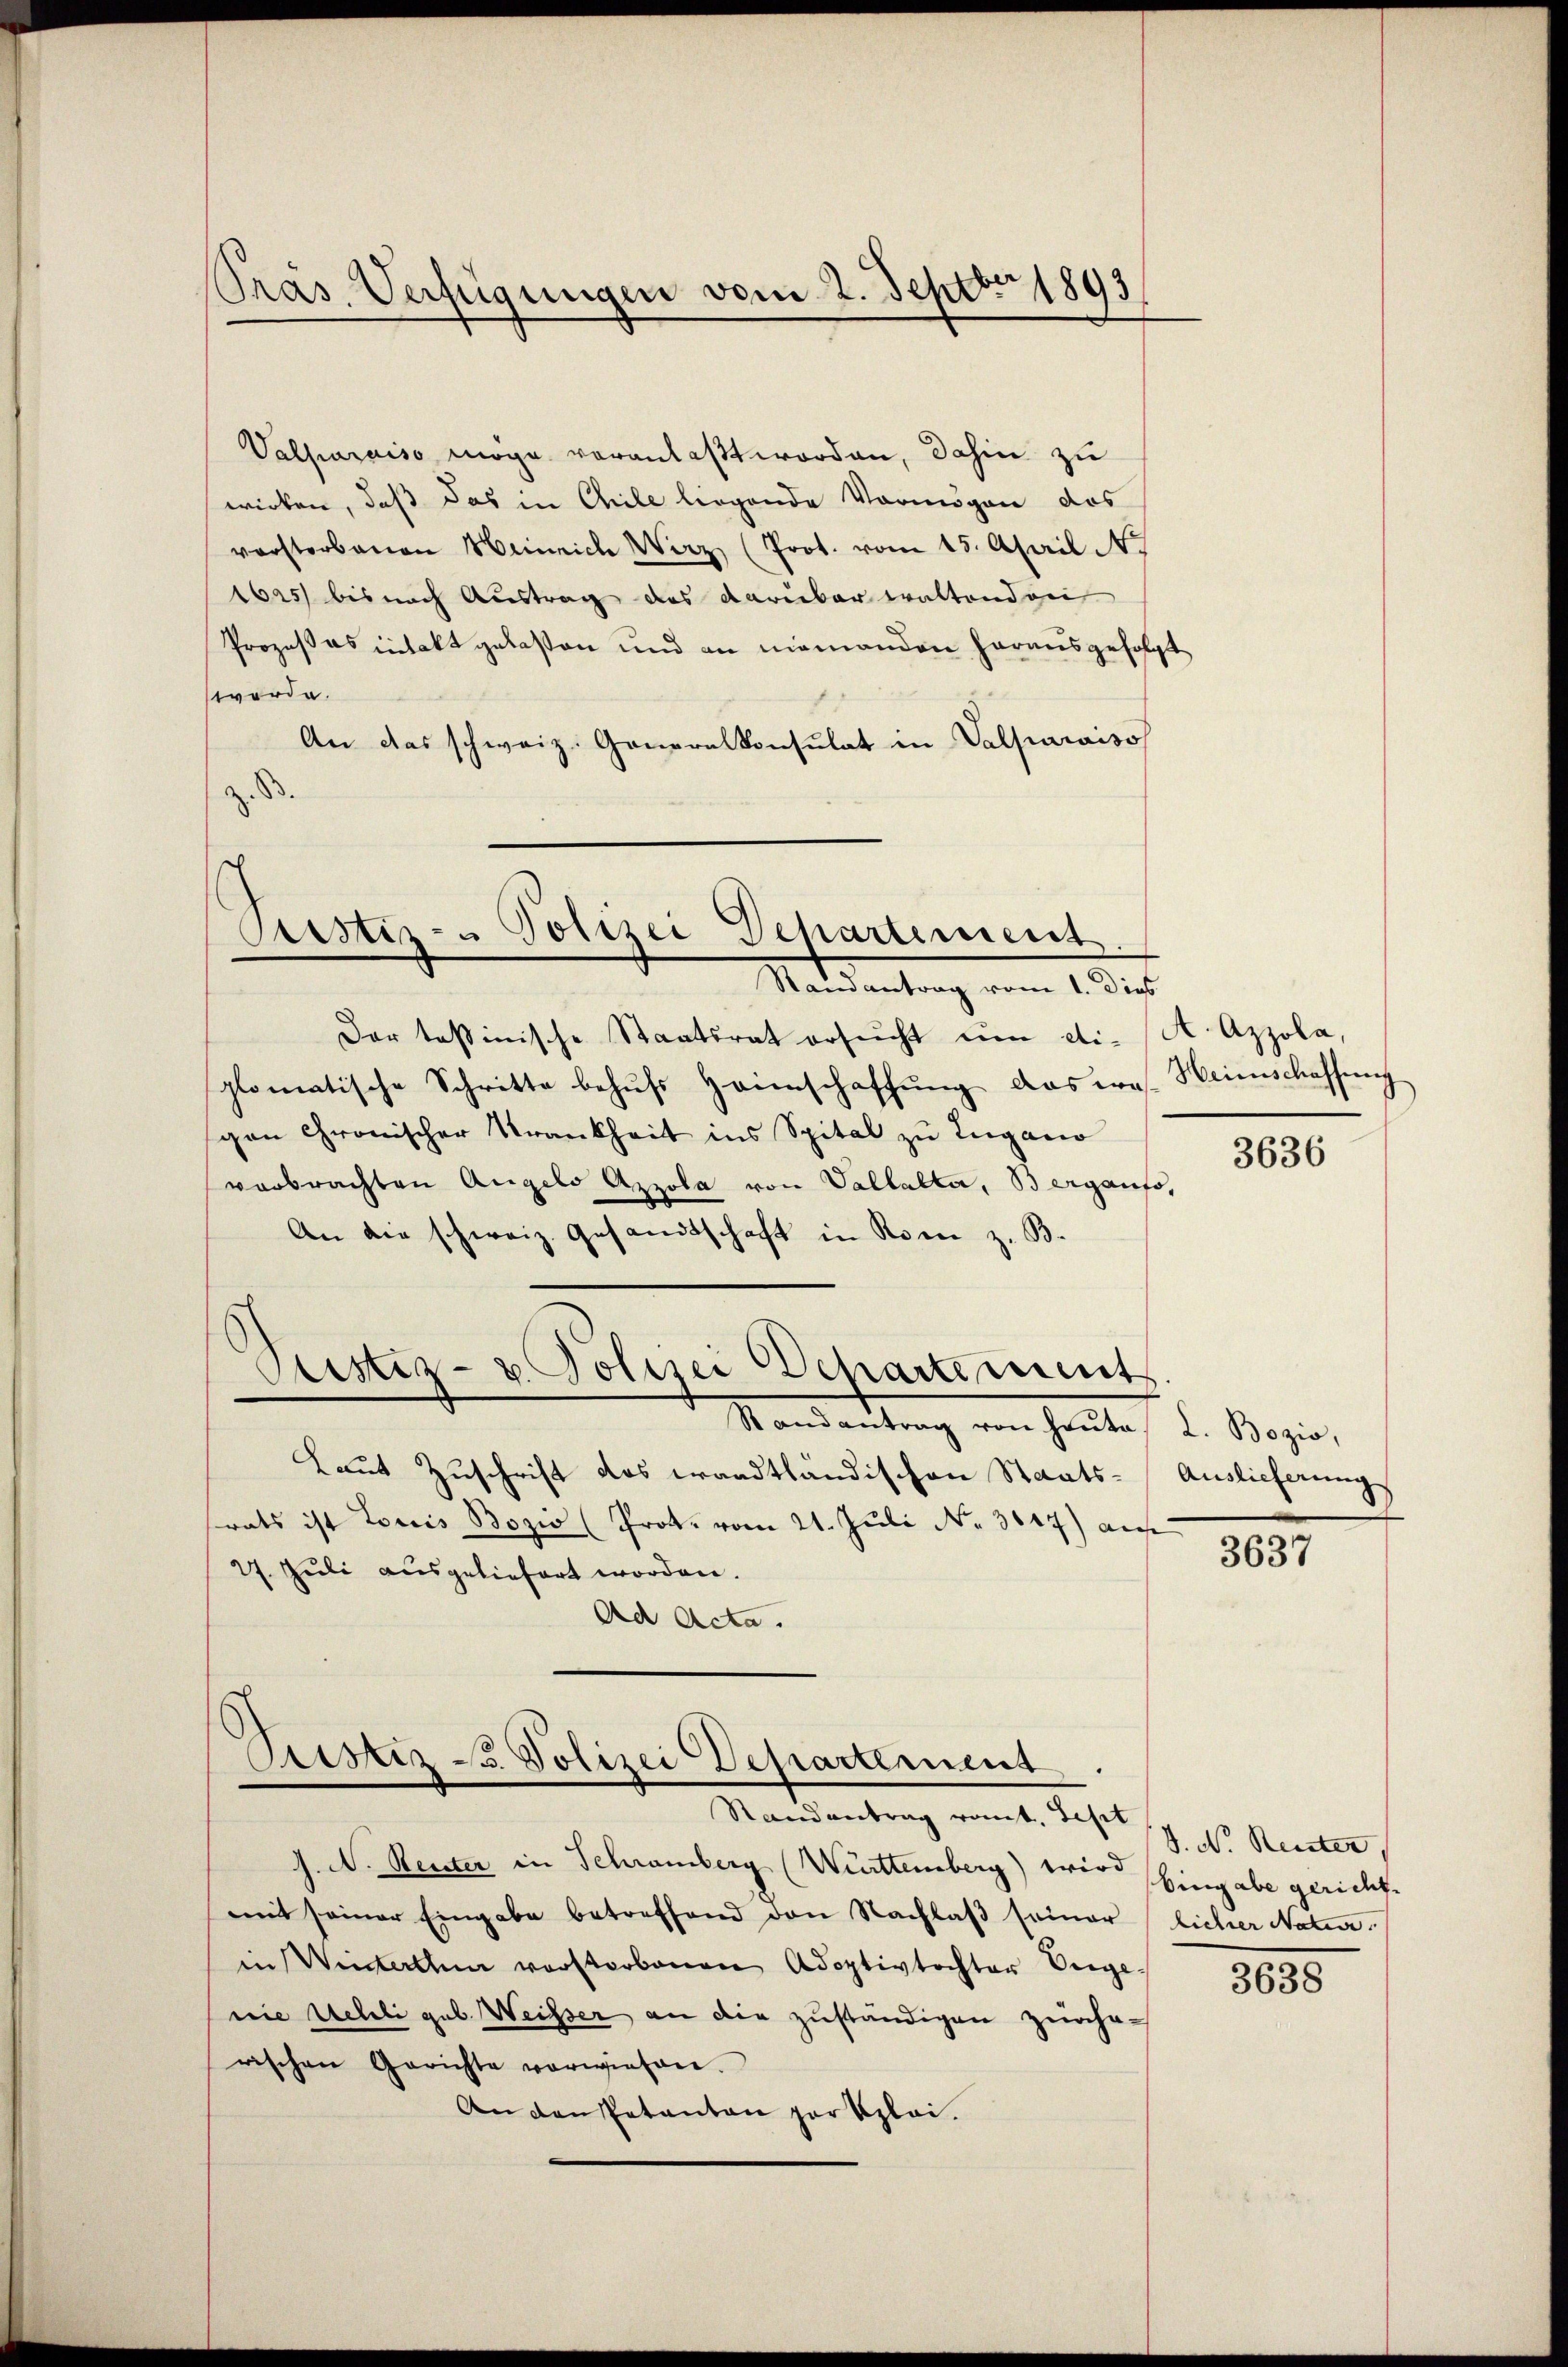
PPräs. Verfügungen vom 2. Septbr 1893

Valparaiso möge veranlaßt worden, dahin zu
wirken, daß das in Chile liegende Vermögen das
vorstorbenen Heinrich Wirz (Prot. vom 15. April N
1625 bis nach Austrag des darüber waltendor
Prozeßes intakt gelasten und an niemanden herausgefolgt
worde.
An das schweiz. Generalkonsulat in Valparaiso
.

Pristi - Polizei Departement
Mardentrag vom 1.

Dar tessinische Staatsrat ersŭcht ŭm die A. Azzola,
plomatische Schritte behŭfs Heimschaffŭng das was. Heimschaffung
gen Gronischer Krankheit ins Spital zu Lugano
verbrachten Angelo Azzola von Vallalta, Berganfs,
An die schweiz. Gesandtschaft in Rom z. B.
Stistiz- u. Polizei Departement
Mandantung von Heute d. Basis,
Laut Zuschrift des waadtländischen Staats-Auslieferung
srats ist Louis Bozio (Prot. vom 21. Juli No 3017) auf
27. Juli ausgeliefert worden.
Ad Acta.

Justiz - Polizei Departement
Randantrag rot. Sept

J. N. Reiter in Schramberg (Württemberg) wird Eingabe gericht.
mit seiner Eingabe betreffend den Nachlaß seiner
in Winterthen vorstorbenen Adoptivtochter Vergenie Uebeli geb. Weisser an die zuständigen zuahrrischen Gerichte vorwiesen.
An den Patanton per klei¬

3636

3637

V. N. Reister
licher Nata.

3638